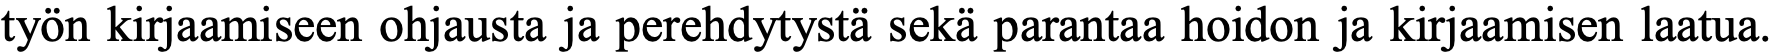
työn kirjaamiseen ohjausta ja perehdytystä sekä parantaa hoidon ja kirjaamisen laatua.